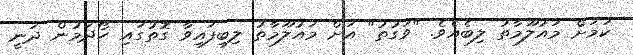
ކަމަށް މައުލޫމާތު ލިބެއެވެ. "ވަގުތު" އަށް މައުލޫމާތު ލިބިފައިވާ ގޮތުގައި ހޯދަމުން ދަނީ